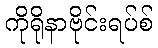
ကိုရိုနာဗိုင်းရပ်စ်